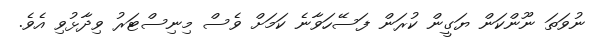
ނުވަތަ ނޫންކަން ޔަގީން ކުރަން ފަސޭހަވާނެ ކަމަށް ވެސް މިނިސްޓަރު ވިދާޅުވި އެވެ.